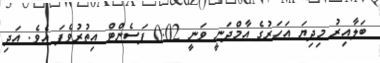
ބަލާއިރު މިދިޔަ އަހަރުގެ އާމްދަނީ ވަނީ 0.02 ޕަސެންޓް އިތުުރުވެފަ އެވެ. އަދި